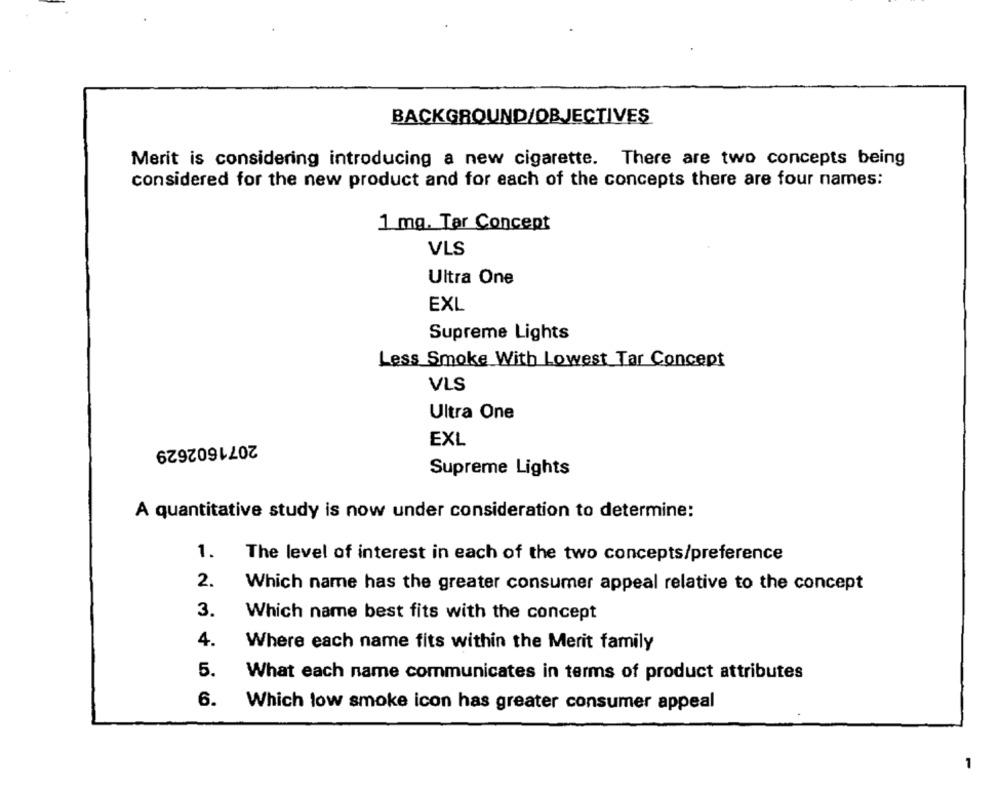
BACKGROUND/OBJECTIVES
Merit is considering introducing a new cigarette. There are two concepts being
considered for the new product and for each of the concepts there are four names:
1 mg. Tar Concept
VLS
Ultra One
EXL
Supreme Lights
Less Smoke With Lowest Tar Concept
VLS
Ultra One
2071602629
EXL
Supreme Lights
A quantitative study is now under consideration to determine:
1.
The level of interest in each of the two concepts/preference
2.
Which name has the greater consumer appeal relative to the concept
3.
Which name best fits with the concept
4.
Where each name fits within the Merit family
5.
What each name communicates in terms of product attributes
6.
Which low smoke icon has greater consumer appeal
1